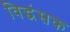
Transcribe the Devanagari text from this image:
विद्धंसक